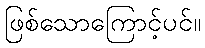
ဖြစ်သောကြောင့်ပင်။